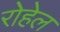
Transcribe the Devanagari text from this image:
रोहेल